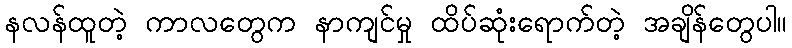
နလန်ထူတဲ့ ကာလတွေက နာကျင်မှု ထိပ်ဆုံးရောက်တဲ့ အချိန်တွေပါ။